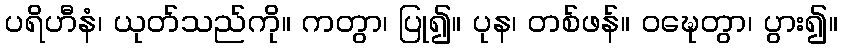
ပရိဟီနံ၊ ယုတ်သည်ကို။ ကတွာ၊ ပြု၍။ ပုန၊ တစ်ဖန်။ ဝဍ္ဎေတွာ၊ ပွား၍။